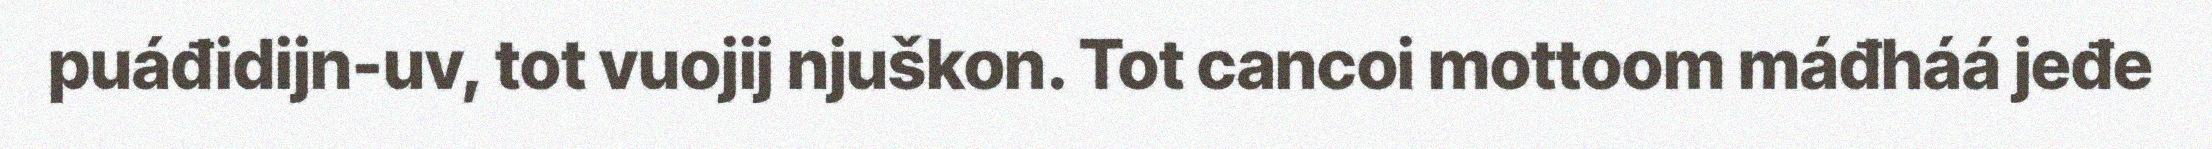
puáđidijn-uv, tot vuojij njuškon. Tot cancoi mottoom máđháá jeđe